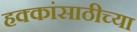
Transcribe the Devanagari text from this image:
हक्कांसाठीच्या